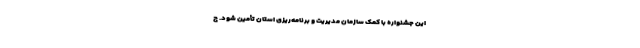
این جشنواره با کمک سازمان مدیریت و برنامه‌ریزی استان تأمین شود. ج